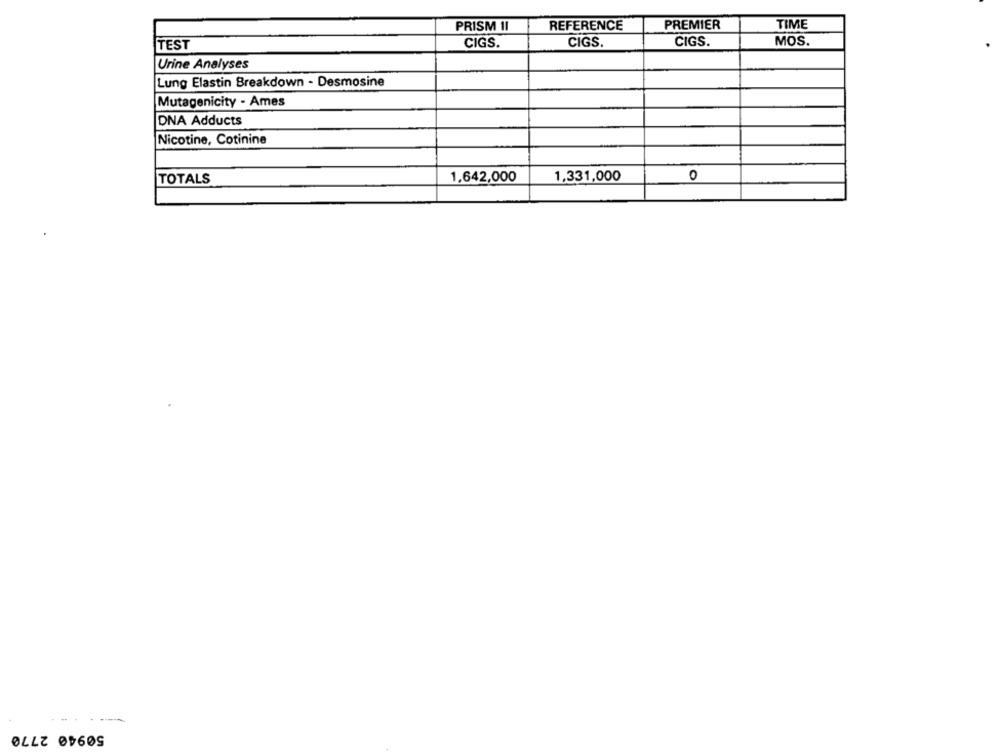
PRISM 1I
REFERENCE
PREMIER
TIME
TEST
CIGS.
CIGS.
CIGS.
MOS.
Urine Analyses
Lung Elastin Breakdown - Desmosine
Mutagenicity - Ames
DNA Adducts
Nicotine, Cotinine
TOTALS
1,642,000
1,331,000
0
50940 2770